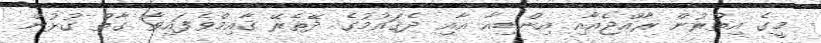
މީގެ އިތުރުން ރާއްޖެއާއި އިންޑިއާ އާއި ދެޤައުމުގެ ދޭތެރޭ ޤާއިމްވެފައިވާ ގާތް ގުޅުން